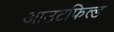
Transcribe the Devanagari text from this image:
आउटफिल्ड